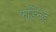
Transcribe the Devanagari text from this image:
फर्डिनँड